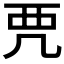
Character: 𧟣